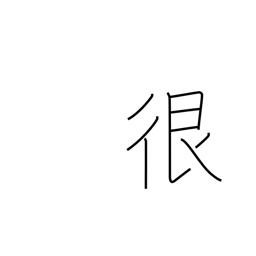
Meaning: dispute